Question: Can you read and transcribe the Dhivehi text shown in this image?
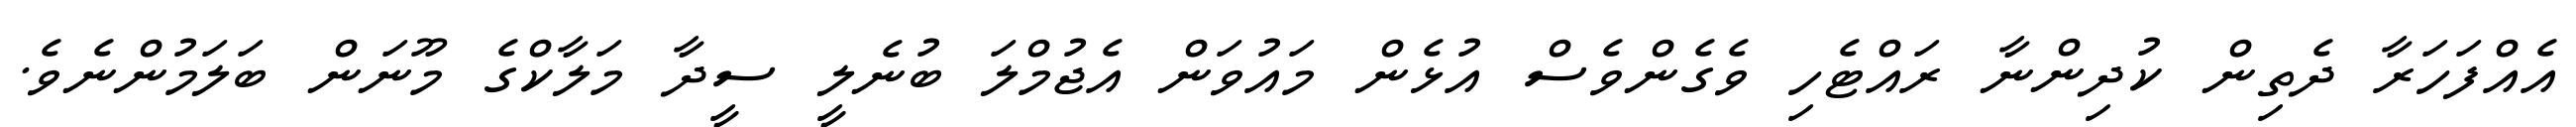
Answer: އެއްފަހަރާ ދެތިން ކުދިންނާ ރައްޓެހި ވެގެންވެސް އުޅެން މައުވަން އެޖުމްލަ ބުނެލީ ސީދާ މަލާކްގެ މޫނަން ބަލަމުންނެވެ.